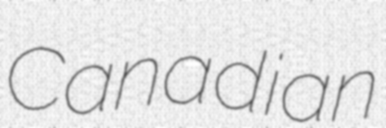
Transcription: Canadian